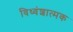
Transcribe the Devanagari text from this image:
विध्वंशात्मक